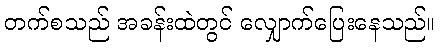
တက်စသည် အခန်းထဲတွင် လျှောက်ပြေးနေသည်။